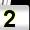
Digit: 2